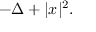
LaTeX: - \Delta + | x | ^ { 2 } .